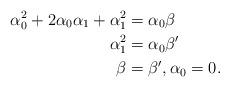
LaTeX: \begin{align*}\alpha_0^2+2\alpha_0\alpha_1 + \alpha_1^2 &= \alpha_0\beta\\\alpha_1^2 &= \alpha_0 \beta'\\\beta &= \beta', \alpha_0 = 0.\end{align*}